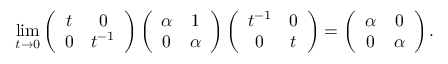
\operatorname* { l i m } _ { t \to 0 } \left( \begin{array} { c c } { t } & { 0 } \\ { 0 } & { t ^ { - 1 } } \end{array} \right) \left( \begin{array} { c c } { \alpha } & { 1 } \\ { 0 } & { \alpha } \end{array} \right) \left( \begin{array} { c c } { t ^ { - 1 } } & { 0 } \\ { 0 } & { t } \end{array} \right) = \left( \begin{array} { c c } { \alpha } & { 0 } \\ { 0 } & { \alpha } \end{array} \right) .